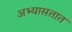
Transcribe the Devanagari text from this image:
अभ्यासतात